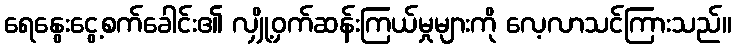
ရေနွေးငွေ့စက်ခေါင်း၏ လျှို့ဝှက်ဆန်းကြယ်မှုများကို လေ့လာသင်ကြားသည်။